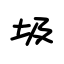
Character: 圾